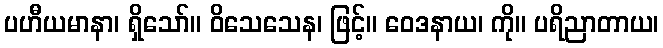
ပဟီယမာနာ၊ ရှိသော်။ ဝိသေသေန၊ ဖြင့်။ ဝေဒနာယ၊ ကို။ ပရိညာတာယ၊